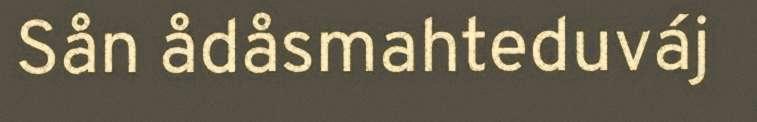
Sån ådåsmahteduváj